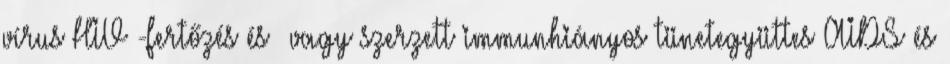
vírus HIV -fertőzés és vagy szerzett immunhiányos tünetegyüttes AIDS és